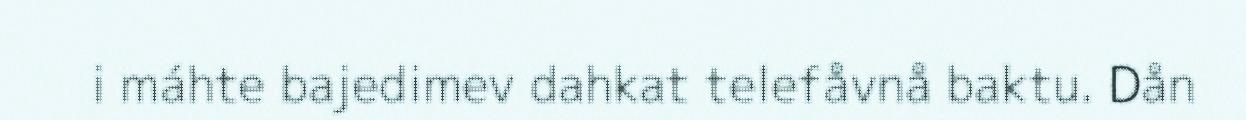
i máhte bajedimev dahkat telefåvnå baktu. Dån